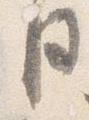
月